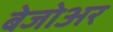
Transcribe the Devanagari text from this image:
बेजोअर